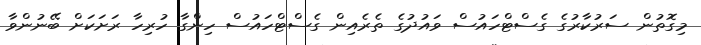
މިގޮތުން ސަރުކާރުގެ ގެސްޓްހައުސް ވައުދުގެ ތެރެއިން ގެސްޓްހައުސް ހިންގާ ހުރިހާ ރަށަކަށް ބޭނުންވާ